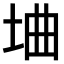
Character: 𫭭